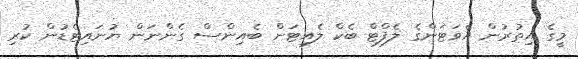
މީގެ އިތުރުން އެވަޓަންގެ ލެފްޓް ބެކް ލެއިޓަން ބެއިންސް ގެންނަން ޔުނައިޓެޑުން ކުރި